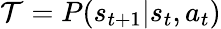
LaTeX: \mathcal{T}=P(s_{t+1}\vert s_{t},a_{t})